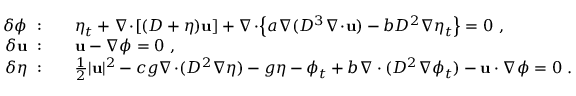
\begin{array} { r l } { \delta \phi ~ : } & { \quad \eta _ { t } + \nabla \! \cdot \! [ ( D + \eta ) \mathbf { u } ] + \nabla \! \cdot \! \left\{ a \nabla ( D ^ { 3 } \nabla \! \cdot \! \mathbf { u } ) - b D ^ { 2 } \nabla \eta _ { t } \right\} = 0 \ , } \\ { \delta \mathbf { u } ~ : } & { \quad \mathbf { u } - \nabla \phi = 0 \ , } \\ { \delta \eta ~ : } & { \quad \frac { 1 } { 2 } | \mathbf { u } | ^ { 2 } - c g \nabla \! \cdot \! ( D ^ { 2 } \nabla \eta ) - g \eta - \phi _ { t } + b \nabla \cdot ( D ^ { 2 } \nabla \phi _ { t } ) - \mathbf { u } \cdot \nabla \phi = 0 \ . } \end{array}